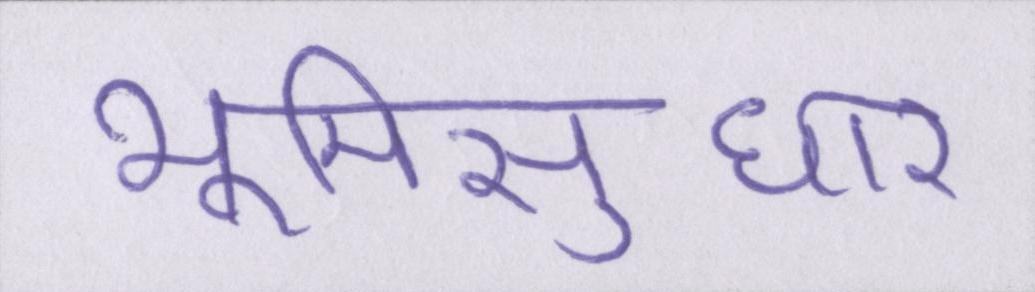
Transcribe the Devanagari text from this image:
भूमिसुधार